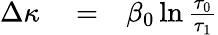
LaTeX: \begin{array}{rlr}{\Delta\kappa}&{{}=}&{\beta_{0}\ln{\frac{\tau_{0}}{\tau_{1}}}}\end{array}